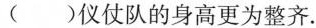
( ) 仪仗队的身高更为整齐.